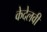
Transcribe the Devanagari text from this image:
केदेलवी